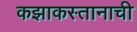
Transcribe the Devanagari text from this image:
कझाकस्तानाची